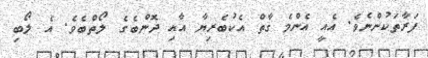
ފަރާތަކުންނެވެ. އެއީ އެންމެ ގާތް އެކުބެރިޔާ އާއި ދޮންބެގެ ލޯތްބެވެ. އެ ލޯބި